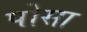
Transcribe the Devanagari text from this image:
पोसा